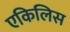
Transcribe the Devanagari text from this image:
एकिलिस